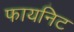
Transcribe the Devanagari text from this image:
फायनिट